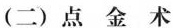
(二)点金术